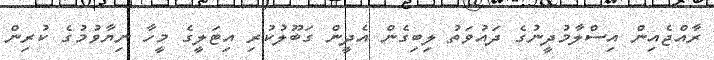
ރާއްޖެއިން އިސްލާމުދީނުގެ ދައުވަތު ލިބިގެން އެދީން ގަބޫލުކުރި އިޓަލީގެ މީހާ ނިޔާވުމުގެ ކުރިން